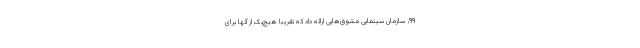
۹۹، سازمان سینمایی مشوق‌هایی ارائه داد که تقریبا هیچ‌یک از آنها برای